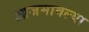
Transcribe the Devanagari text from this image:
आजमावल्या